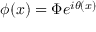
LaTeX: \phi ( x ) = \Phi e ^ { i \theta ( x ) }